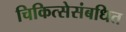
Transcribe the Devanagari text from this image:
चिकित्सेसंबधित